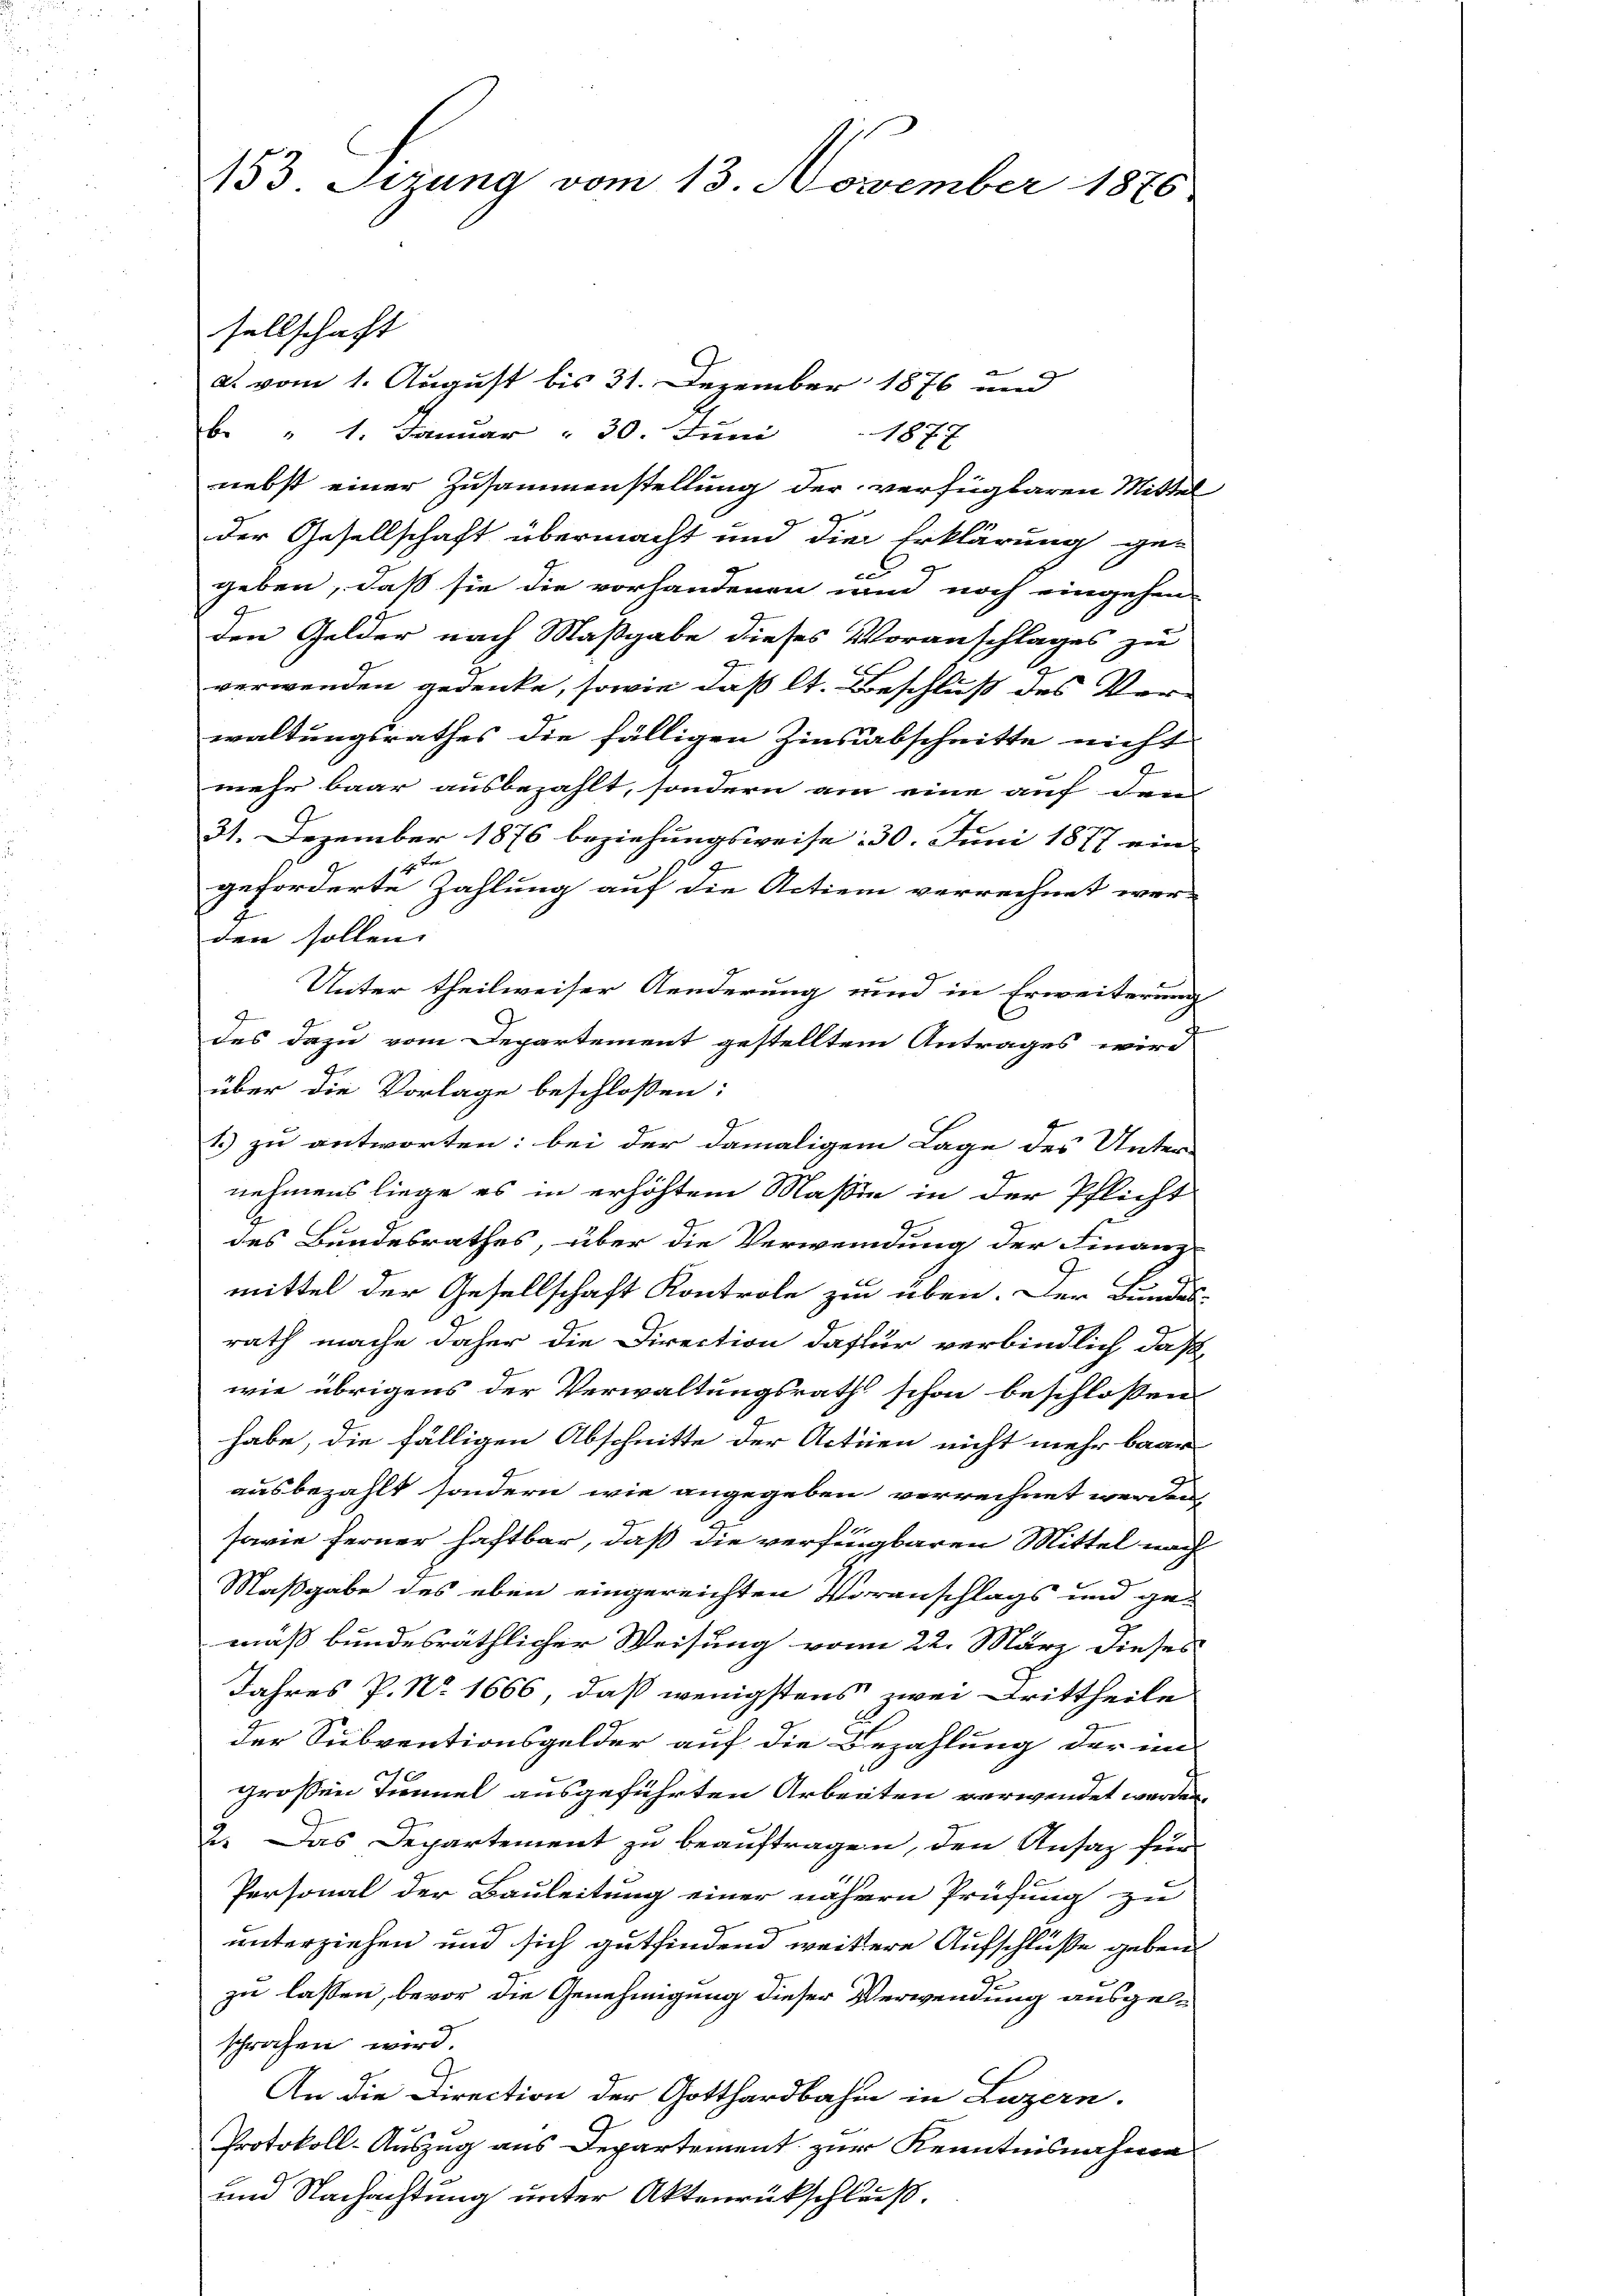
153. Sizung vom 13. November 1876

sellschaft

a. vom 1. August bis 31. Dezember 1876 und
b. " 1. Januar " 30. Juni 1877
nebst einer Zusammenstellung der verfügbaren Mittel
der Gesellschaft übermacht und die Erklärung ge-
a
geben, daß sie die vorhandenen und noch eingehen
den Gelder nach Maßgabe dieses Voranschlages zu
verwenden gedenke, sowie daß lt. Beschluß des Verwaltungsrathes die fälligen Zinsabschnitte nicht
mehr baar ausbezahlt, sondern am eine auf drei
31. Dezember 1876 beziehungsweise: 30. Juni 1877 ein
14. Fre
geforderte Zahlung auf die Actien verrechnet wer-
E
den sollen. |
Unter theilweiser Aenderung und in Erweiterung
c
des dazu vom Departement gestelltem Antrages wird
über die Vorlage beschlossen:
1.) zu antworten: bei der damaligem Lage des Unter-
nehmens liege es in erhöhtem Massie in der Pflicht
2
des Bundesrathes, über die Verwendung der Finanz-
mittel der Gesellschaft Kontrole zu üben. Der Bundes-
rath mache daher die Direction dafür verbindlich, daß
wie übrigens der Verwaltungsrath schon beschlossen:
habe, die fälligen Abschnitte der Actien nicht mehr baar
ausbezahlt sondern wie angegeben verrechnet werden,
sarie ferner haftbar, daß die verfügbaren Mittel nach
Maßgabe des eben eingereichten Voranschlags und ge-
mäß bundesräthlicher Weisung vom 22. März dieses
Jahres P. No. 1666, daß wenigstens zwei Drittheile
der Subventionsgelder auf die Bezahlung der ein-
großen Tunnel ausgeführten Arbeiten verwendet worden,
2. Das Departement zu beauftragen, den Ansaz für
Personal der Bauleitung einer nähern Prüfung zu
unterziehen und sich gutfindend weitere Aufschlüße geben.
zu lassen, bevor die Genehmigung dieser Verwendung ausgelsprochen wird.
An die Direction der Gotthardbahn in Luzern.
Protokoll-Auszug aus Departement zur Kenntnisnahme
und Nachachtung unter Aktenrückschleiß.